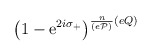
\begin{align*}\left(1-\mbox{e}^{2i\sigma_{+}}\right)^ {\frac{n}{(e{\cal P})}(eQ)}\end{align*}